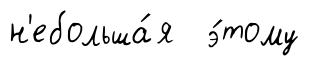
н'ебольша́я э́тому